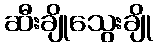
ဆီးချိုသွေးချို